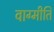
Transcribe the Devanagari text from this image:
वाग्मीति